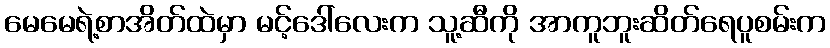
မေမေရဲ့စာအိတ်ထဲမှာ မင့်ဒေါ်လေးက သူ့ဆီကို အာကူဘူးဆိတ်ရေပူစမ်းက